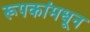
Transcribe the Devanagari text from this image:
रूपकांमधून